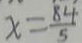
x = \frac { 8 4 } { 5 }